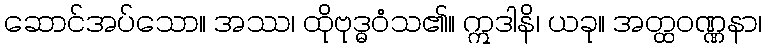
ဆောင်အပ်သော။ အဿ၊ ထိုဗုဒ္ဓဝံသ၏။ ဣဒါနိ၊ ယခု။ အတ္ထဝဏ္ဏနာ၊